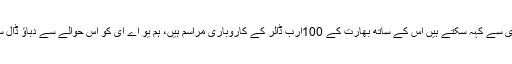
ہم یو اے ای سے کہہ سکتے ہیں اُس کے ساتھ بھارت کے 100ارب ڈالر کے کاروباری مراسم ہیں، ہم یو اے ای کو اس حوالے سے دباؤ ڈال سکتے ہیں۔